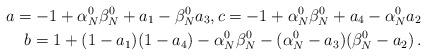
LaTeX: \begin{align*}a= -1+\alpha_N^0\beta_N^0 +a_1-\beta_N^0 a_3, c= -1+ \alpha_N^0\beta_N^0 +a_4-\alpha_N^0a_2\\b= 1+ (1-a_1)(1-a_4) -\alpha_N^0\beta_N^0- (\alpha_N^0-a_3)(\beta_N^0 -a_2)\, .\end{align*}